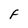
Character: F